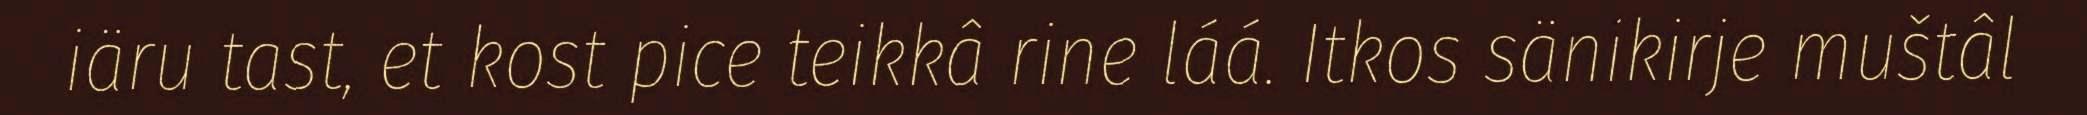
iäru tast, et kost pice teikkâ rine láá. Itkos sänikirje muštâl